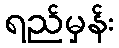
ရည်မှန်း